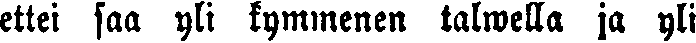
ettei saa yli kymmenen talwella ja yli